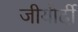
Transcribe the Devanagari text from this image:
जीयौर्दी